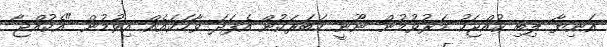
އަނިޔާ ލިބި ކުއްޖަކު މަރުވުމުން ނޫނީ ހަބަރަކުން އެފަދަ ވާހަކައެއް އިވުމުން "އެކުއްޖާ